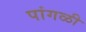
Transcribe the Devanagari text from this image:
पांगळी